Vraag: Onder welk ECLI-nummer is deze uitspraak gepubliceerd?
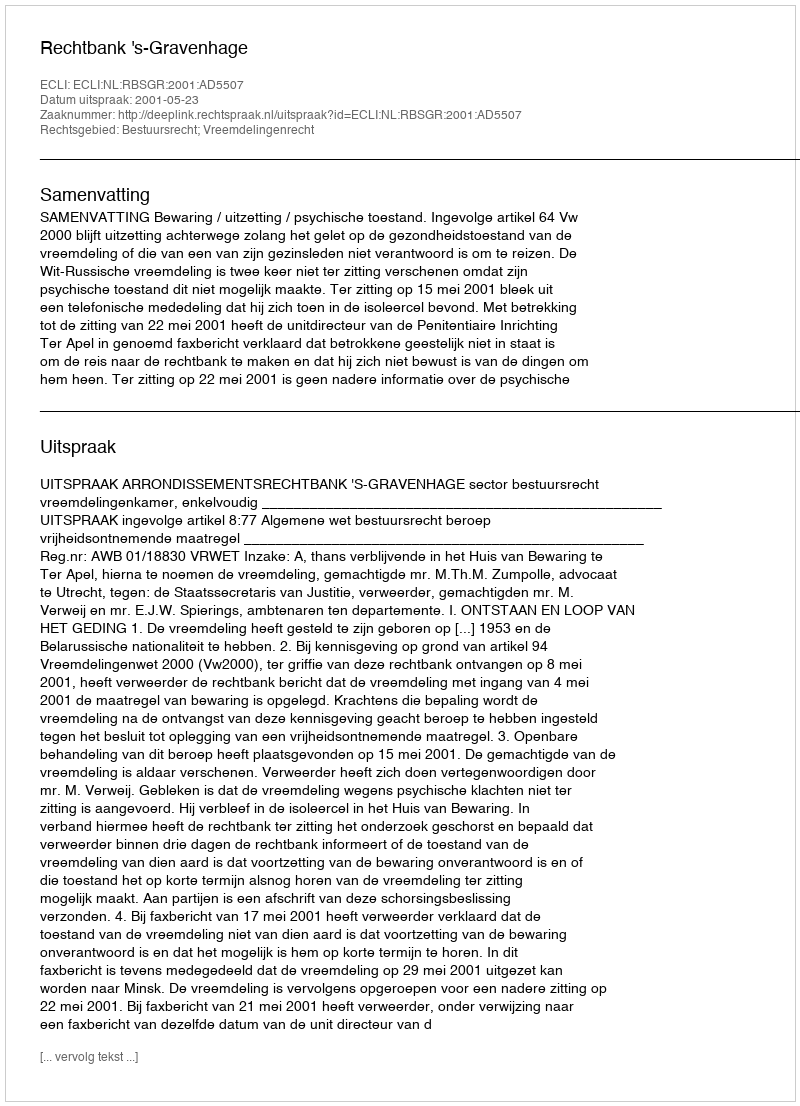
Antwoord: ECLI:NL:RBSGR:2001:AD5507